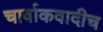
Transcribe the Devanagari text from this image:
चार्वाकवादीच